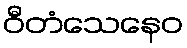
ဝီတံသေနေဝ